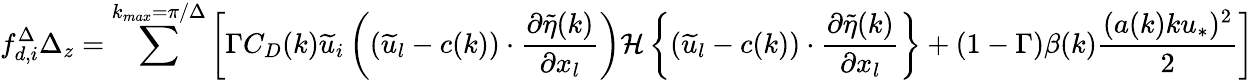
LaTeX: {f_{d,i}^{\Delta}}\Delta_{z}=\sum^{k_{max}=\pi/\Delta}\left[\Gamma C_{D}(k)\widetilde{u}_{i}\left((\widetilde{u}_{l}-c(k))\cdot\frac{\partial\widetilde{\eta}(k)}{\partial x_{l}}\right){\mathcal{H}\left\{ (\widetilde{u}_{l}-c(k))\cdot\frac{\partial\widetilde{\eta}(k)}{\partial x_{l}}\right\} }+(1-\Gamma)\beta(k)\frac{(a(k)ku_{*})^{2}}{2}\right]